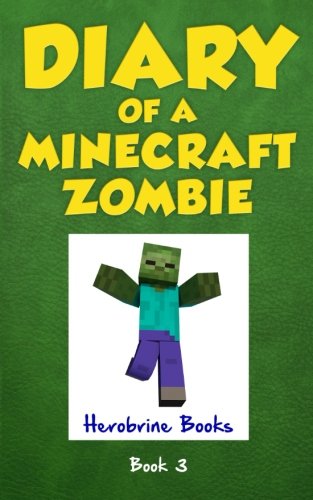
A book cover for Diary of a Minecraft Zombie Book 3: When Nature Calls (Volume 3); Herobrine Books; Children's Books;